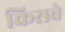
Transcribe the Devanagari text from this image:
किसवे